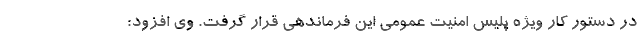
در دستور کار ویژه پلیس امنیت عمومی این فرماندهی قرار گرفت. وی افزود: